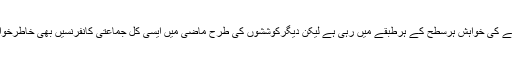
پاکستان میں بدامنی سے نمٹنے کی خواہش ہرسطح کے ہرطبقے میں رہی ہے لیکن دیگرکوششوں کی طرح ماضی میں ایسی کل جماعتی کانفرنسیں بھی خاطرخواہ نتائج حاصل نہیں کرسکیں۔